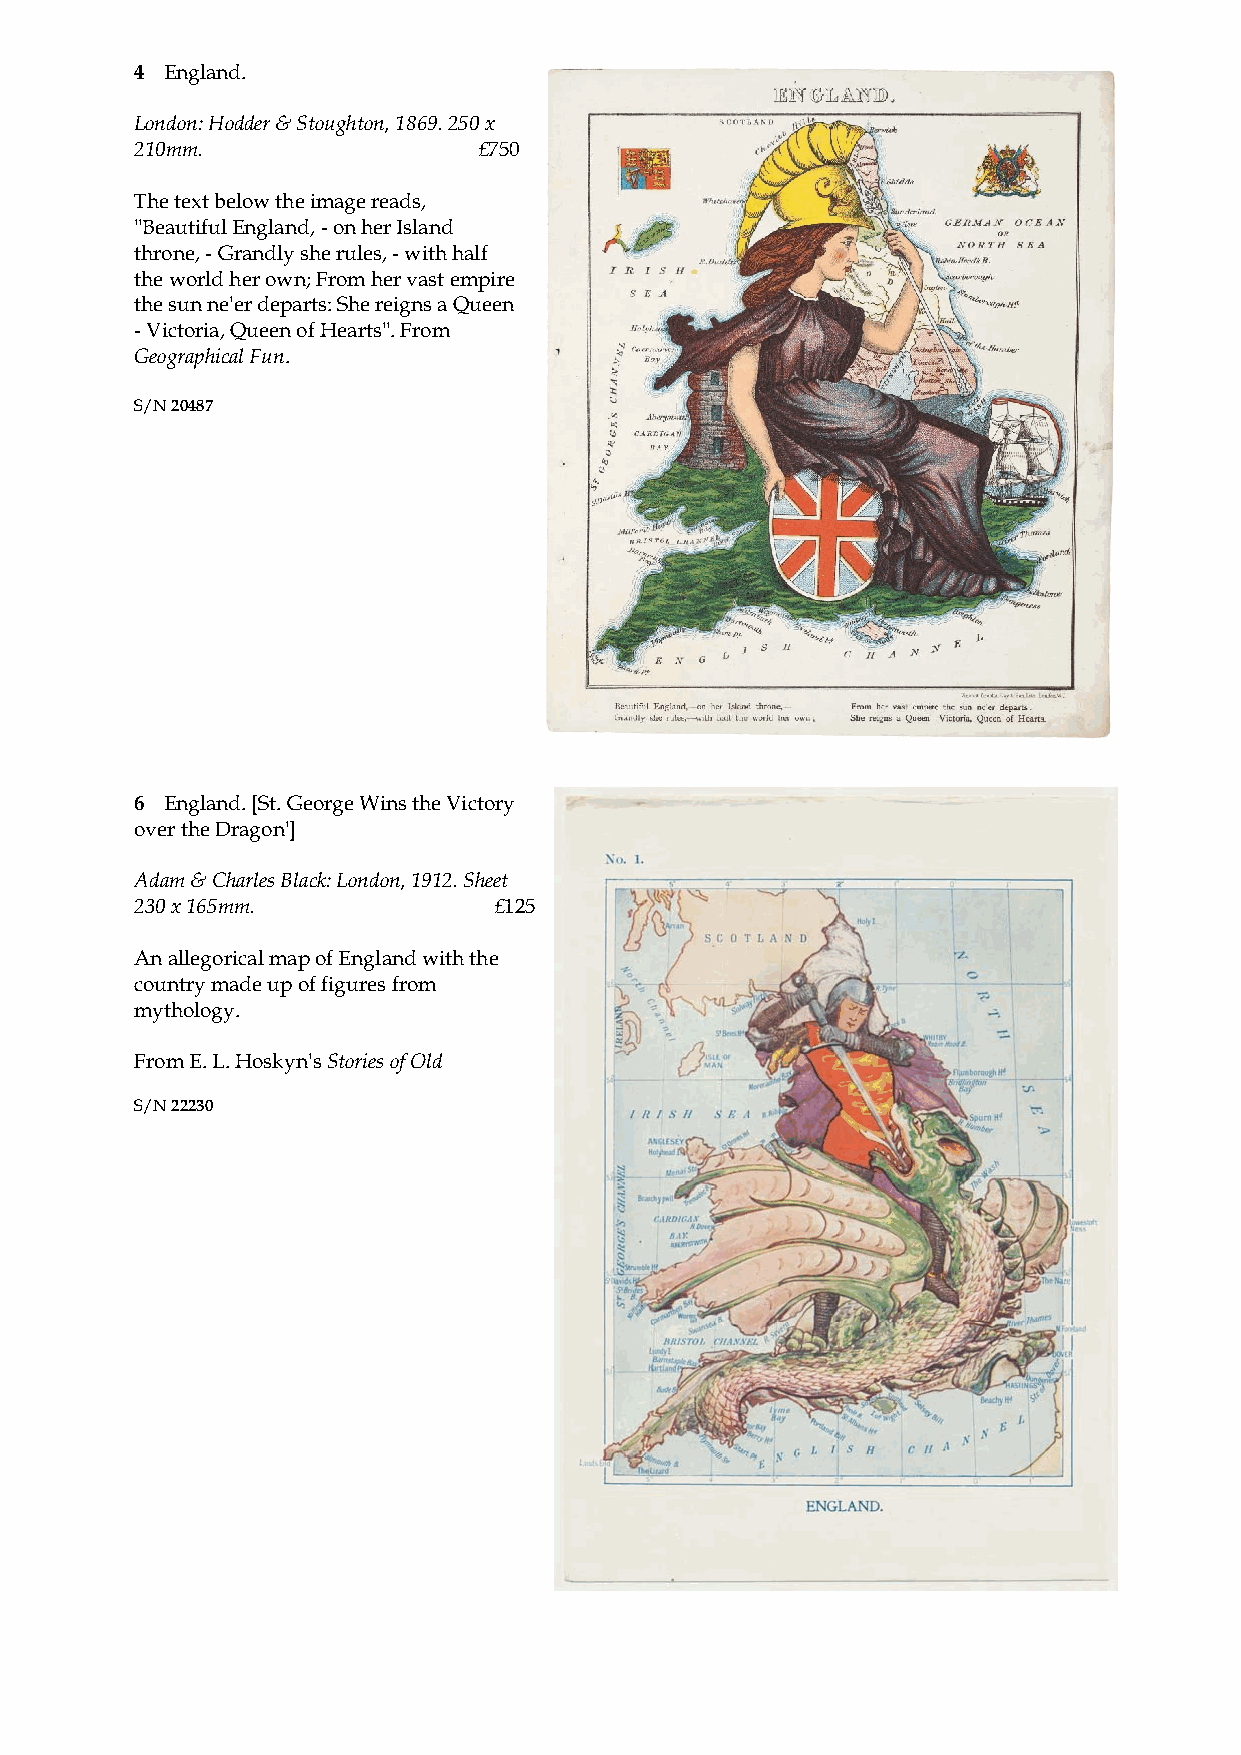
4 England.
 London: Hodder & Stoughton, 1869. 250 x
 210mm.                 £750
 The text below the image reads,
 ''Beautiful England, - on her Island
 throne, - Grandly she rules, - with half
 the world her own; From her vast empire
 the sun ne'er departs: She reigns a Queen
 - Victoria, Queen of Hearts''. From
 Geographical Fun.
 S/N 20487
 6 England. [St. George Wins the Victory
 over the Dragon']
 Adam & Charles Black: London, 1912. Sheet
 230 x 165mm.            £125
 An allegorical map of England with the
 country made up of figures from
 mythology.
 From E. L. Hoskyn's Stories of Old
 S/N 22230